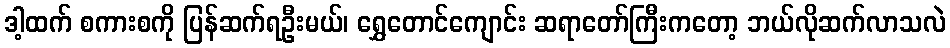
ဒါ့ထက် စကားစကို ပြန်ဆက်ရဦးမယ်၊ ရွှေတောင်ကျောင်း ဆရာတော်ကြီးကတော့ ဘယ်လိုဆက်လာသလဲ